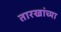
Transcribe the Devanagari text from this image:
तारखांच्या